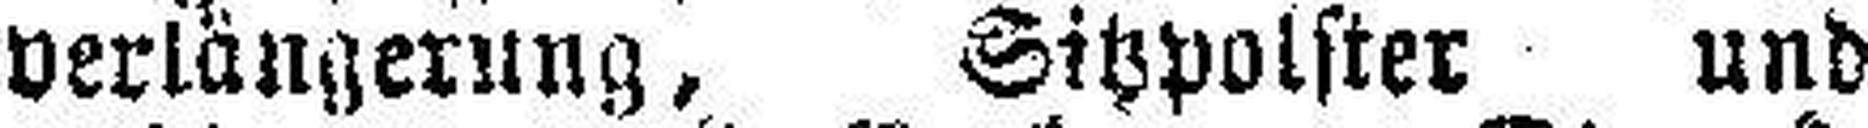
verlängerung, Sitzpolster und